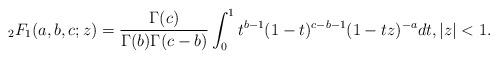
LaTeX: \begin{align*} {}_2F_1(a,b,c;z)= \frac{\Gamma(c)}{\Gamma(b)\Gamma(c-b)}\int_0^1 t^{b-1}(1-t)^{c-b-1}(1-tz)^{-a} dt, |z|< 1.\end{align*}